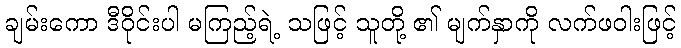
ချမ်းကော ဒီဝိုင်းပါ မကြည့်ရဲ့ သဖြင့် သူတို့ ၏ မျက်နှာကို လက်ဖဝါးဖြင့်